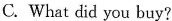
C. What did you buy?